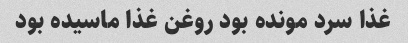
غذا سرد مونده بود روغن غذا ماسیده بود